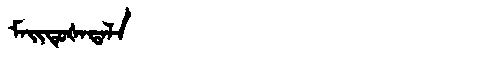
Manchu: ᠮᠠᡳᡨᡠᡧᠠᡨᠠᠯᠠ
Romanization: MAITUŠATALA